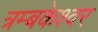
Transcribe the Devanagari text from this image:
त्रम्बकेश्वर